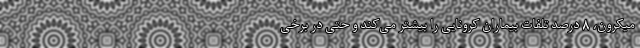
میکرون، ۸ درصد تلفات بیماران کرونایی را بیشتر می‌کند و حتی در برخی